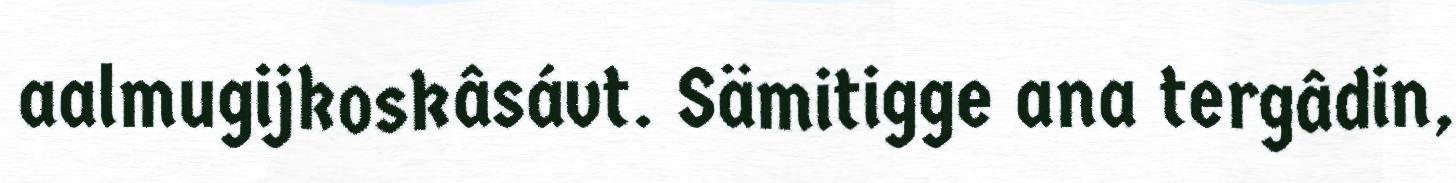
aalmugijkoskâsávt. Sämitigge ana tergâdin,